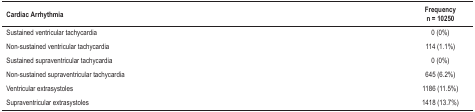
<table><thead><tr><td><b>Cardiac Arrhythmia</b></td><td><b>Frequencyn = 10250</b></td></tr></thead><tbody><tr><td>Sustained ventricular tachycardia</td><td>0 (0%)</td></tr><tr><td>Non-sustained ventricular tachycardia</td><td>114 (1.1%)</td></tr><tr><td>Sustained supraventricular tachycardia</td><td>0 (0%)</td></tr><tr><td>Non-sustained supraventricular tachycardia</td><td>645 (6.2%)</td></tr><tr><td>Ventricular extrasystoles</td><td>1186 (11.5%)</td></tr><tr><td>Supraventricular extrasystoles</td><td>1418 (13.7%)</td></tr></tbody></table>